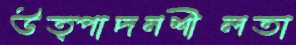
উত্পাদনশীলতা